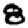
Digit: 8